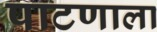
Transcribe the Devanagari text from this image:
पाटणाला